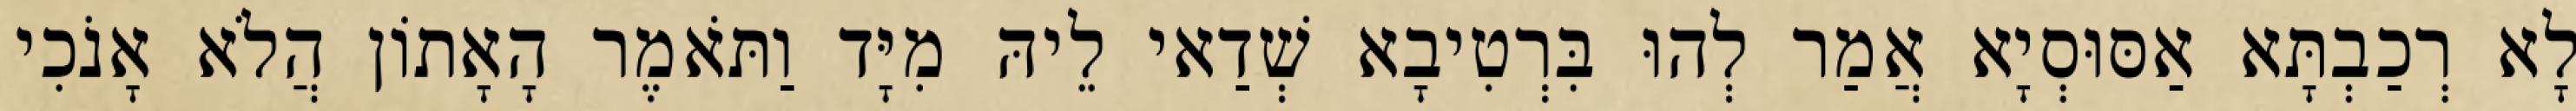
לָא רְכַבְתָּא אַסּוּסְיָא אֲמַר לְהוּ בִּרְטִיבָא שְׁדַאי לֵיהּ מִיָּד וַתֹּאמֶר הָאָתוֹן הֲלֹא אָנֹכִי